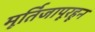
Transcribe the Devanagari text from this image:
मूर्तिजापूरहून